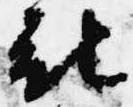
被